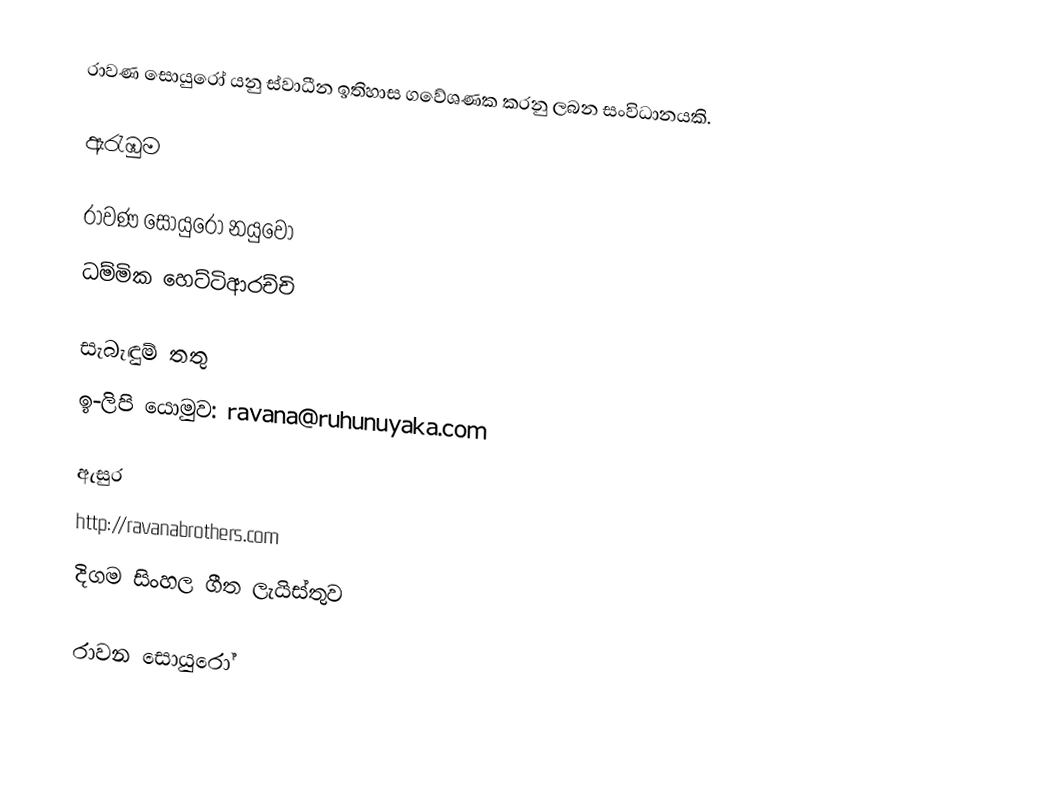
රාවණ සොයුරෝ යනු ස්වාධීන ඉතිහාස ගවේශණක කරනු ලබන සංවිධානයකි.

ඇරැඹුම

රාවණ සොයුරෝ නයුවෝ
ධම්මික හෙට්ටිආරච්චි

සැබැඳුම් තතු
ඉ-ලිපි යොමුව: ravana@ruhunuyaka.com

ඇසුර
http://ravanabrothers.com
දිගම සිංහල ගීත ලැයිස්තුව

 රාවන සොයුරෝ